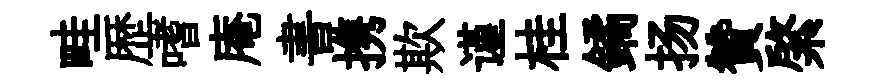
畦歴嗜庵書携欺谨桂鐍扬贊綮